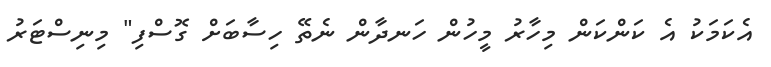
އެކަމަކު އެ ކަންކަން މިހާރު މީހުން ހަނދާން ނެތޭ ހިސާބަށް ގޮސްފި" މިނިސްޓަރު